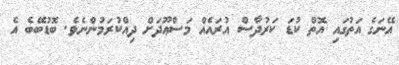
އޭނަގެ އަތުގައި އޮތް ކުޑަ ކަރުދާސް އުރައެއް މަސްޢޫދަށް ދިއްކުރަމުންނެވެ. ބޮޑުބޭބެ އެ